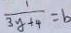
\frac { 1 } { 3 y + 4 } = b